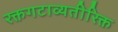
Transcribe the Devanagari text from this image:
रक्तगटाव्यतीरिक्त